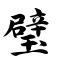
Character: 璧